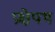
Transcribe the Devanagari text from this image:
प्रक्षेपथ